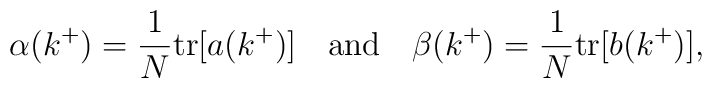
\alpha (k^+)  =  \frac{1}{N}\mbox{tr} [a(k^+)] \hspace{4mm} \mbox{and}    \hspace{4mm} \beta (k^+)  =  \frac{1}{N}\mbox{tr} [b(k^+)],